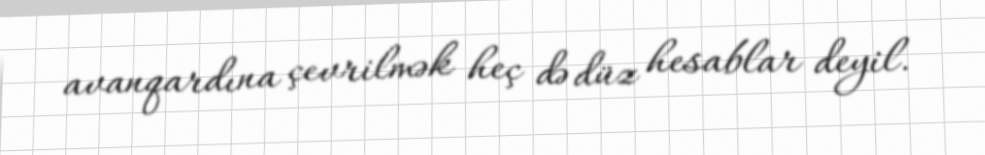
avanqardına çevrilmək heç də düz hesablar deyil.